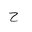
Letter: _ha